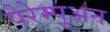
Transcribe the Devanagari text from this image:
पेरेम्पुअन